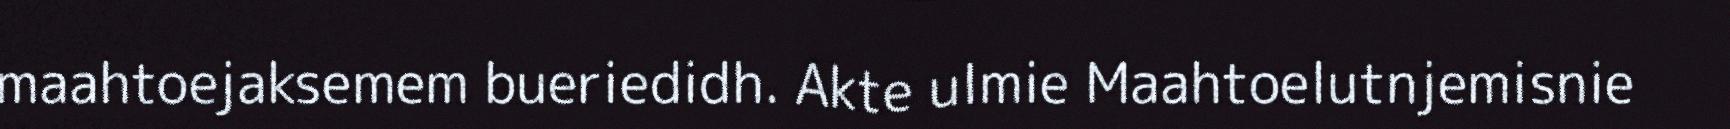
maahtoejaksemem bueriedidh. Akte ulmie Maahtoelutnjemisnie